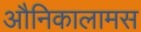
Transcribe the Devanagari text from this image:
औनिकालामस